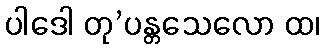
ပါဒေါ တု’ပန္တသေလော ထ၊